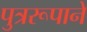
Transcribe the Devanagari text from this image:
पुत्ररूपाने